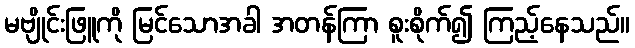
မဗျိုင်းဖြူကို မြင်သောအခါ အတန်ကြာ စူးစိုက်၍ ကြည့်နေသည်။